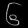
Digit: ၆